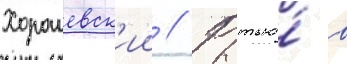
Хорошевск'ии // Рытье́ в